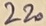
Text: 220